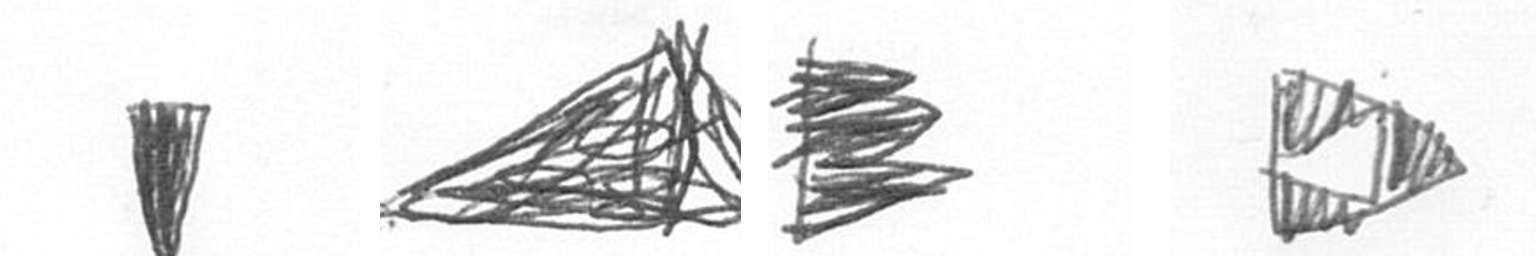
J O H K